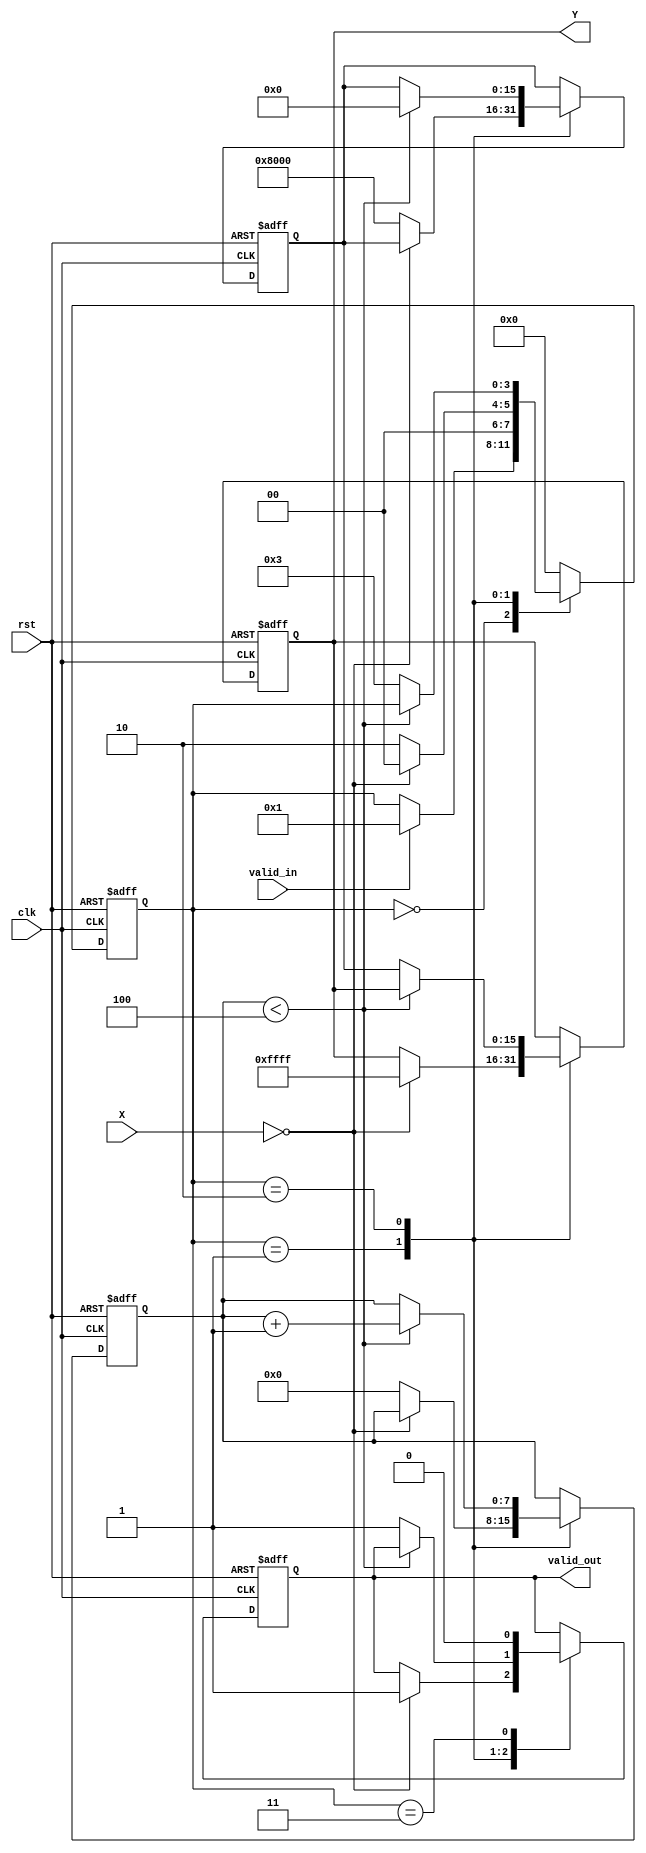
module frac_reciprocal (
    input wire clk,             // Clock signal
    input wire rst,             // Reset signal
    input wire valid_in,        // Input valid signal
    input wire [15:0] X,        // Input data (fixed-point, range [0, 1))
    output reg [15:0] Y,        // Output data (reciprocal, range [1, ))
    output reg valid_out        // Output valid signal
);

    reg [15:0] approx;          // Approximate reciprocal
    reg [3:0] state;            // FSM state
    reg [7:0] counter;          // Iteration counter

    localparam IDLE         = 4'b0000;
    localparam CHECK_ZERO   = 4'b0001;
    localparam COMPUTE      = 4'b0010;
    localparam OUTPUT       = 4'b0011;

    // State Machine for control flow
    always @(posedge clk or posedge rst) begin
        if (rst) begin
            state <= IDLE;
            Y <= 16'hFFFF; // Default output for error (represents overflow)
            valid_out <= 0;
            approx <= 0;
            counter <= 0;
        end else begin
            case (state)
                IDLE: begin
                    if (valid_in) begin
                        state <= CHECK_ZERO;
                    end
                end

                CHECK_ZERO: begin
                    if (X == 16'h0000) begin
                        // Handle division by zero
                        Y <= 16'hFFFF; // Output error code
                        valid_out <= 1;
                        state <= IDLE;
                    end else begin
                        // Start computation
                        approx <= 16'h8000; // Initial guess (1.0 in fixed-point)
                        counter <= 0;
                        state <= COMPUTE;
                    end
                end

                COMPUTE: begin
                    if (counter < 4) begin
                        approx <= approx * (16'h10000 - (X * approx >> 16)) >> 16; // Newton-Raphson iteration
                        counter <= counter + 1;
                    end else begin
                        Y <= approx; // Final approximation
                        valid_out <= 1;
                        state <= OUTPUT;
                    end
                end

                OUTPUT: begin
                    // Reset state after output
                    valid_out <= 0;
                    state <= IDLE;
                end

                default: state <= IDLE;
            endcase
        end
    end
endmodule